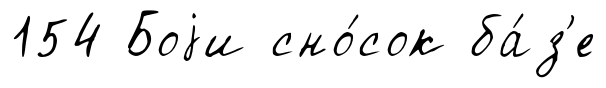
154 Боjи сно́сок ба́з'е